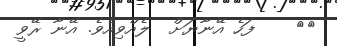
١٩    ފަހެ އޭނާޔަށް  ލެއްވިއެވެ. އޭނާ ރޭވީ